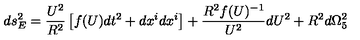
d s _ { E } ^ { 2 } = \frac { U ^ { 2 } } { R ^ { 2 } } \left[ f ( U ) d t ^ { 2 } + d x ^ { i } d x ^ { i } \right] + \frac { R ^ { 2 } f ( U ) ^ { - 1 } } { U ^ { 2 } } d U ^ { 2 } + R ^ { 2 } d \Omega _ { 5 } ^ { 2 }